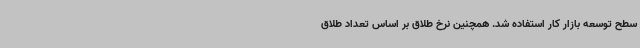
سطح توسعه بازار کار استفاده شد. همچنین نرخ طلاق بر اساس تعداد طلاق